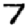
Digit: 7